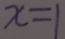
x = 1